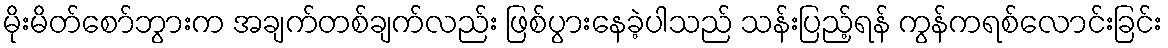
မိုးမိတ်စော်ဘွားက အချက်တစ်ချက်လည်း ဖြစ်ပွားနေခဲ့ပါသည် သန်းပြည့်ရန် ကွန်ကရစ်လောင်းခြင်း